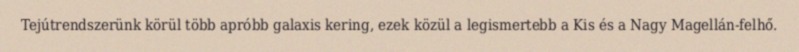
Tejútrendszerünk körül több apróbb galaxis kering, ezek közül a legismertebb a Kis és a Nagy Magellán-felhő.